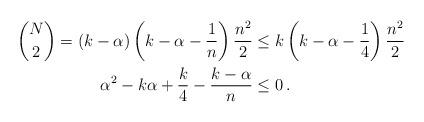
LaTeX: \begin{align*}\binom{N}{2}=(k-\alpha)\left(k-\alpha-\frac{1}{n}\right)\frac{n^2}{2} &\leq k \left(k-\alpha-\frac{1}{4}\right)\frac{n^2}{2}\\\alpha^2-k\alpha+\frac{k}{4}-\frac{k-\alpha}{n} &\leq 0\,.\end{align*}